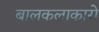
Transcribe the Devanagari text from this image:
बालकलाकारो